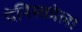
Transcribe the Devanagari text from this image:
पेनिस्कोला